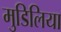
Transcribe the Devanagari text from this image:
मुडिलिया